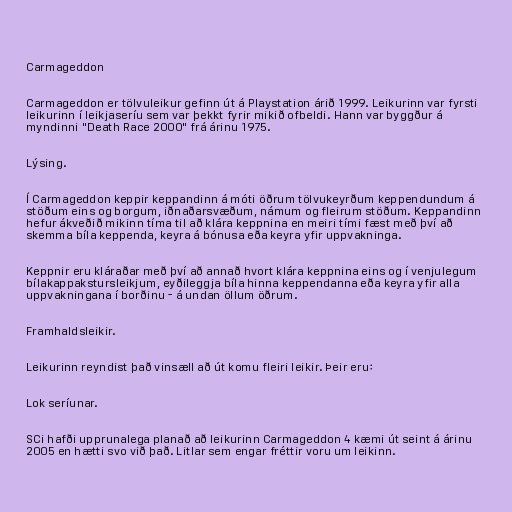
Carmageddon

Carmageddon er tölvuleikur gefinn út á Playstation árið 1999. Leikurinn var fyrsti
leikurinn í leikjaseríu sem var þekkt fyrir mikið ofbeldi. Hann var byggður á
myndinni "Death Race 2000" frá árinu 1975.

Lýsing.

Í Carmageddon keppir keppandinn á móti öðrum tölvukeyrðum keppendundum á
stöðum eins og borgum, iðnaðarsvæðum, námum og fleirum stöðum. Keppandinn
hefur ákveðið mikinn tíma til að klára keppnina en meiri tími fæst með því að
skemma bíla keppenda, keyra á bónusa eða keyra yfir uppvakninga.

Keppnir eru kláraðar með því að annað hvort klára keppnina eins og í venjulegum
bílakappakstursleikjum, eyðileggja bíla hinna keppendanna eða keyra yfir alla
uppvakningana í borðinu - á undan öllum öðrum.

Framhaldsleikir.

Leikurinn reyndist það vinsæll að út komu fleiri leikir. Þeir eru:

Lok seríunar.

SCi hafði upprunalega planað að leikurinn Carmageddon 4 kæmi út seint á árinu
2005 en hætti svo við það. Litlar sem engar fréttir voru um leikinn.